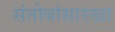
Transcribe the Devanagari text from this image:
संतोबांसारखा